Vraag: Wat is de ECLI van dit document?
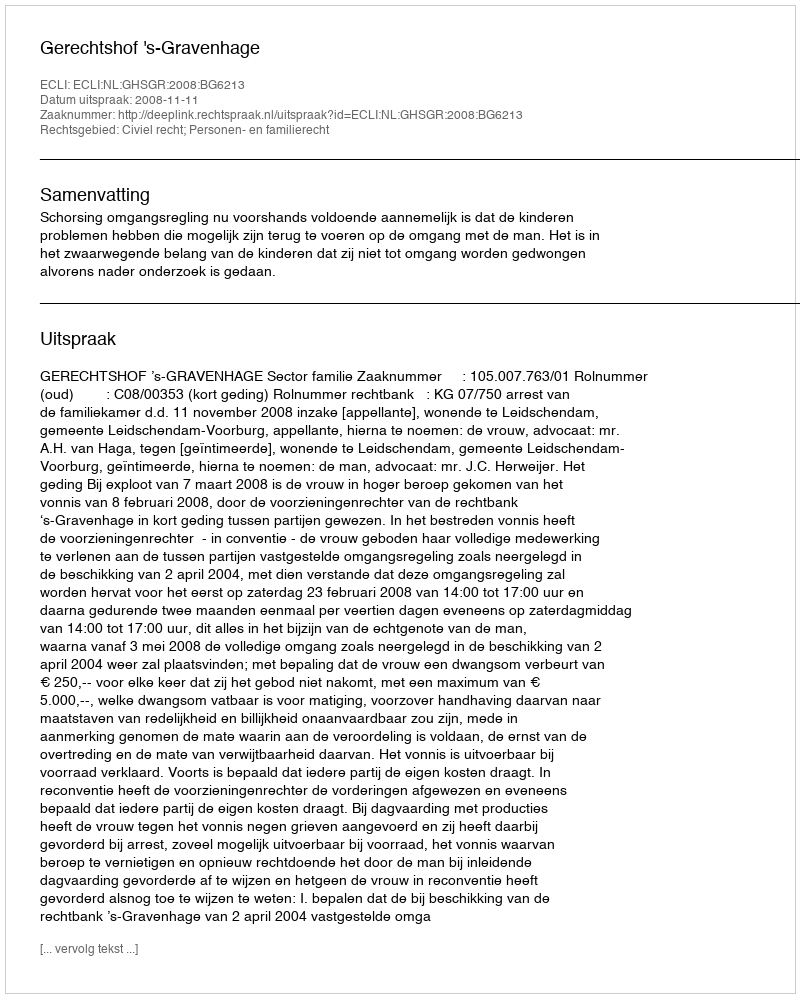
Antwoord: ECLI:NL:GHSGR:2008:BG6213